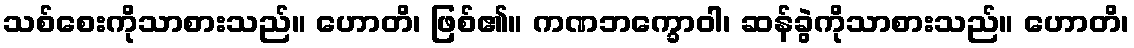
သစ်စေးကိုသာစားသည်။ ဟောတိ၊ ဖြစ်၏။ ကဏဘက္ခောဝါ၊ ဆန်ခွဲကိုသာစားသည်။ ဟောတိ၊